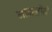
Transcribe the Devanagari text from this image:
मामलोंमे